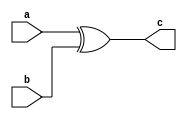
module xor_gate (a, b, c);
    input a, b;
    output c;
    xor xor1(c, a, b);
endmodule